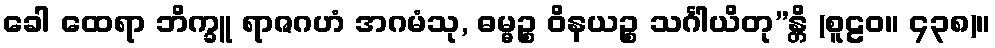
ခေါ ထေရာ ဘိက္ခူ ရာဇဂဟံ အဂမံသု, ဓမ္မဉ္စ ဝိနယဉ္စ သင်္ဂါယိတု”န္တိ (စူဠဝ။ ၄၃၈)။